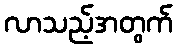
လာသည့်အတွက်